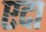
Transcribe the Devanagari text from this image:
एदा